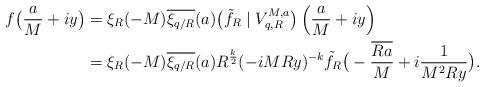
LaTeX: \begin{align*}f\big(\frac{a}{M}+iy\big) & = \xi_R(-M) \overline{\xi_{q/R}}(a) \big(\tilde{f}_R\mid V_{q, R}^{M, a}\big)\left(\frac{a}{M}+iy\right)\\& = \xi_R(-M) \overline{\xi_{q/R}}(a) R^{\frac{k}{2}} (-iMRy)^{-k} \tilde{f}_R\big(-\frac{\overline{Ra}}{M} + i\frac{1}{M^2 Ry}\big). \end{align*}